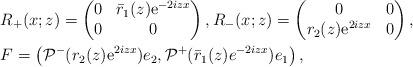
LaTeX: \begin{align*}&R_+(x;z)=\begin{pmatrix}0 & \bar{r}_1(z) \mathrm{e}^{-2iz x} \\0 & 0\end{pmatrix}, R_-(x;z)=\begin{pmatrix}0 & 0 \\r_2(z) \mathrm{e}^{2iz x} & 0\end{pmatrix},\\&F =\left(\mathcal{P}^{-}(r_2( z) \mathrm{e}^{2iz x})e_2, \mathcal{P}^+(\bar{r}_1(z)e^{-2iz x})e_1\right),\end{align*}